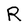
Character: R